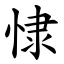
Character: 㥆